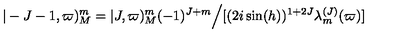
\vert - J - 1 , \varpi ) _ { M } ^ { m } = \vert J , \varpi ) _ { M } ^ { m } ( - 1 ) ^ { J + m } \Bigl / [ ( 2 i \sin ( h ) ) ^ { 1 + 2 J } \lambda _ { m } ^ { ( J ) } ( \varpi ) ]